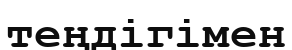
теңдігімен